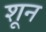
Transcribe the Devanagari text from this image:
शून